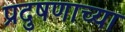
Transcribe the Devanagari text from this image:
प्रदुषणाच्या